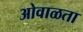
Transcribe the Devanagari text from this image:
ओवाळता